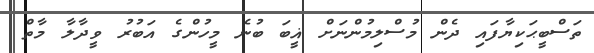
ތަސްބީޙަކިޔާފައި ދެން މުސްލިމުންނަށް ޣީބަ ބުނެ މީހުންގެ އަބުރު ވީދާލާ މާތް